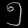
Digit: ၅